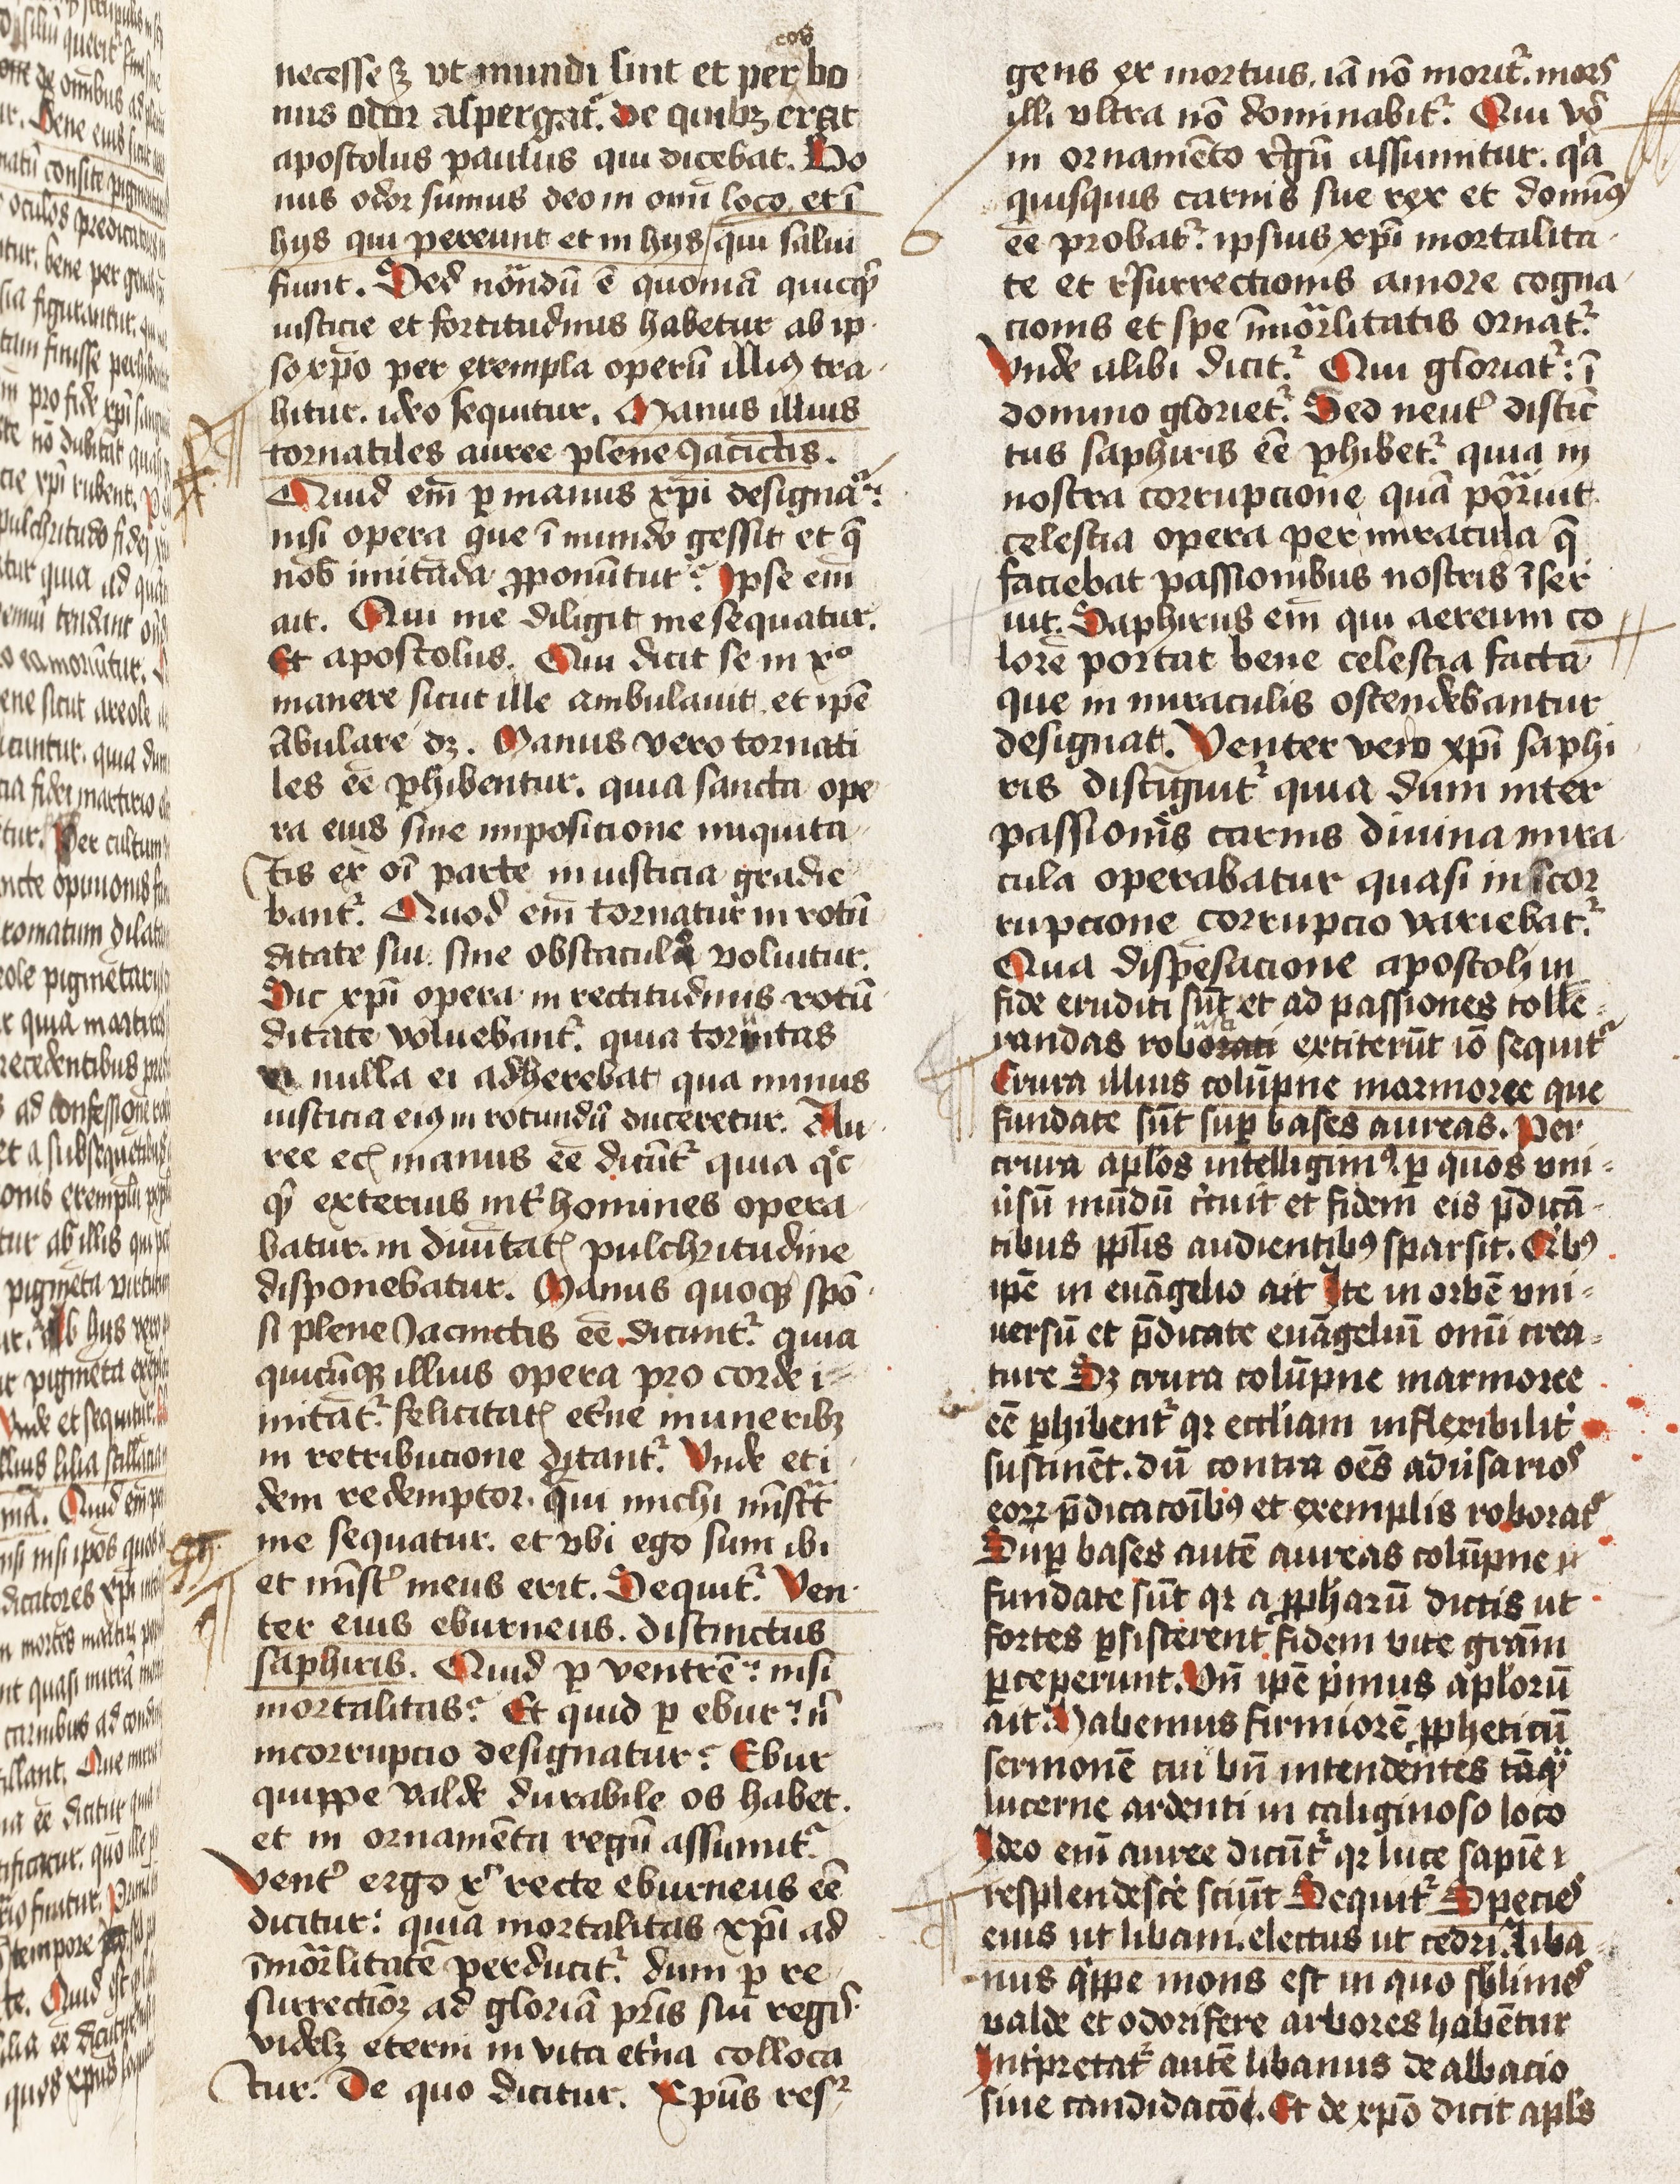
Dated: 1425–1474